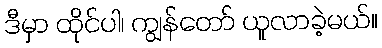
ဒီမှာ ထိုင်ပါ၊ ကျွန်တော် ယူလာခဲ့မယ်။